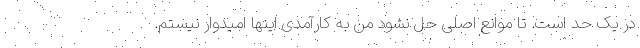
در یک حد است. تا موانع اصلی حل نشود من به کارآمدی اینها امیدوار نیستم.